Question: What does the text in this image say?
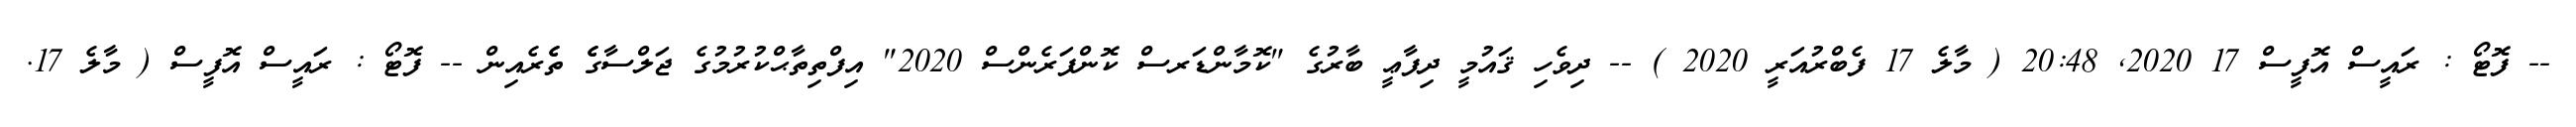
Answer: -- ފޮޓޯ : ރައީސް އޮފީސް 17 2020, 20:48 ( މާލެ 17 ފެބްރުއަރީ 2020 ) -- ދިވެހި ޤައުމީ ދިފާޢީ ބާރުގެ "ކޮމާންޑަރސް ކޮންފަރެންސް 2020" އިފްތިތާޙްކުރުމުގެ ޖަލްސާގެެ ތެެރެއިން -- ފޮޓޯ : ރައީސް އޮފީސް ( މާލެ 17.